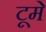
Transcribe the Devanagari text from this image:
टूमे